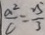
\frac { a ^ { 2 } } { c } = \frac { 2 5 } { 3 }